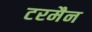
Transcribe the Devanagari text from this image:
टरमैन